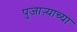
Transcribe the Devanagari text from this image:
पुजाऱ्याच्या